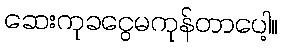
ဆေးကုခငွေမကုန်တာပေါ့။